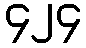
၄၂၄